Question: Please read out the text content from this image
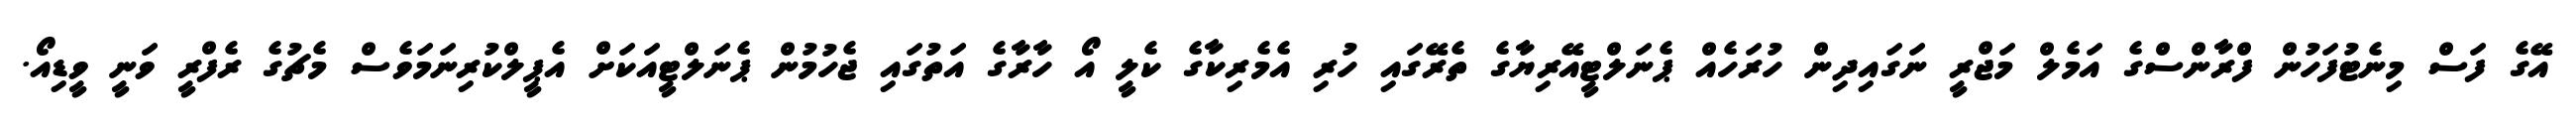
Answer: އޭގެ ފަސް މިނެޓުފަހުން ފްރާންސްގެ އަމެލް މަޖްރީ ނަގައިދިން ހުރަހެއް ޕެނަލްޓީއޭރިޔާގެ ތެރޭގައި ހުރި އެމެރިކާގެ ކެލީ އޯ ހާރާގެ އަތުގައި ޖެހުމުން ޕެނަލްޓީއަކަށް އެޕީލްކުރިނަމަވެސް މެޗުގެ ރެފްރީ ވަނީ ވީޑިއޯ.